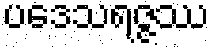
ပဒေသရဇ္ဇဿ